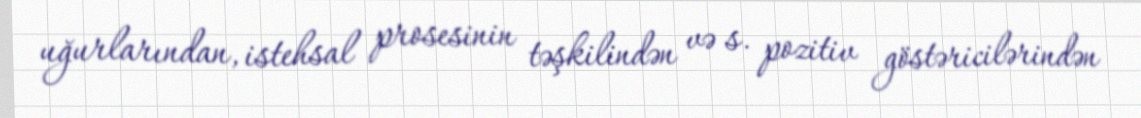
uğurlarından, istehsal prosesinin təşkilindən və s. pozitiv göstəricilərindən